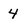
Character: 4